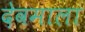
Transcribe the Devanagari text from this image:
देवमाला